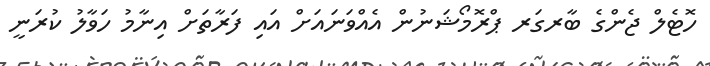
ހޮޓެލް ޖެންގެ ބާރގަރ ޕްރޮމޯޝަނުން އެއްވަނައަށް އައި ފަރާތަށް އިނާމު ހަވާލު ކުރަނީ